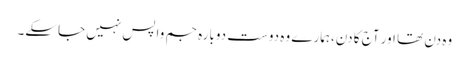
وہ دن تھا اور آج کا دن،ہمارے وہ دوست دوبارہ جم واپس نہیں جاسکے۔